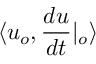
\langle u _ { o } , \frac { d u } { d t } | _ { o } \rangle